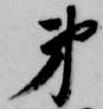
弟